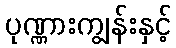
ပုဏ္ဏားကျွန်းနှင့်